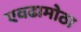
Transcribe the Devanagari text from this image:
एवढामोठा